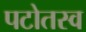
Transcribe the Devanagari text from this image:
पटोतस्व